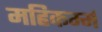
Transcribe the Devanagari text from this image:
महिकर्म्म